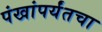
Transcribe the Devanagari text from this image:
पंखांपर्यंतचा